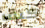
كيف